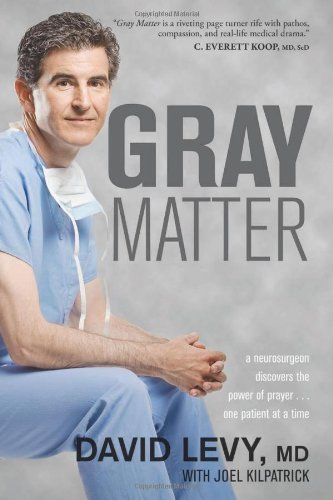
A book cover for Gray Matter: A Neurosurgeon Discovers the Power of Prayer . . . One Patient at a Time; David Levy; Biographies & Memoirs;